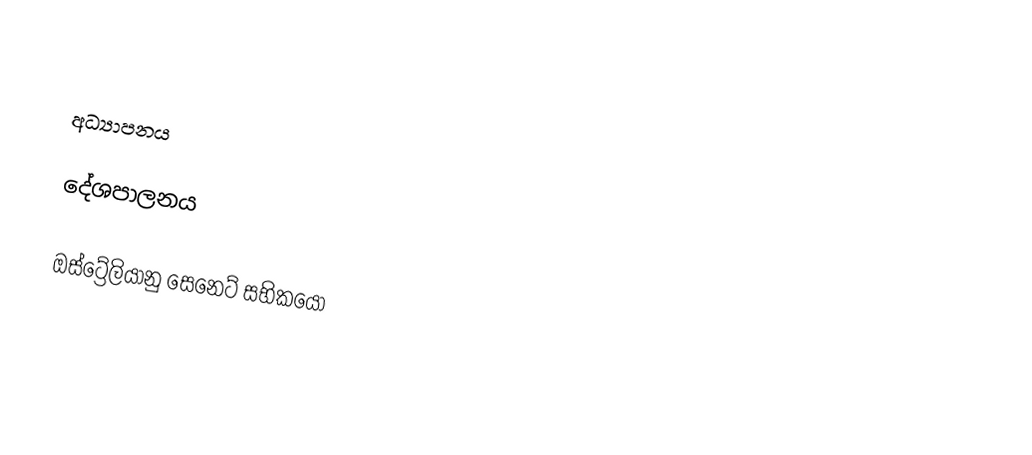

අධ්‍යාපනය

දේශපාලනය

ඔස්ට්‍රේලියානු සෙනෙට් සභිකයෝ